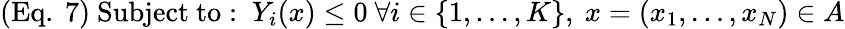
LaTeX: ({\mathrm{Eq.~}}7){\mathrm{~}}{\mathrm{Subject~to:~}}Y_{i}(x)\leq 0{\mathrm{~}}\forall i\in\{ 1,\ldots,K\} {\mathrm{}},{\mathrm{~}}x=(x_{1},\ldots,x_{N})\in A